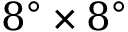
8 ^ { \circ } \times 8 ^ { \circ }